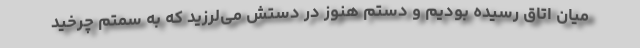
میان اتاق رسیده بودیم و دستم هنوز در دستش می‌لرزید که به سمتم چرخید